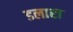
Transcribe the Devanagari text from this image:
डलारा